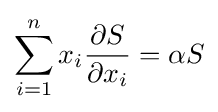
\sum _{i=1}^{n}x_{i}{\frac {\partial S}{\partial x_{i}}}=\alpha S